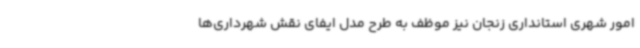
امور شهری استانداری زنجان نیز موظف به طرح مدل ایفای نقش شهرداری‌ها